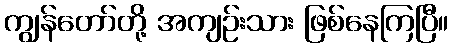
ကျွန်တော်တို့ အကျဉ်းသား ဖြစ်နေကြပြီ။